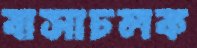
বাসাচলক